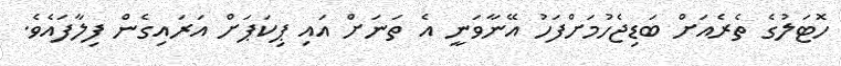
ހޮޓަލުގެ ތެރެއަށް ބަޑިޖެހުމަށްފަހު އޭނާވަނީ އެ ތަނަށް އައި ޕިކަޕަށް އަރައިގެން ފިލާފައެވެ.